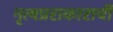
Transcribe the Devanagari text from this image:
नृत्यप्रराकाराची